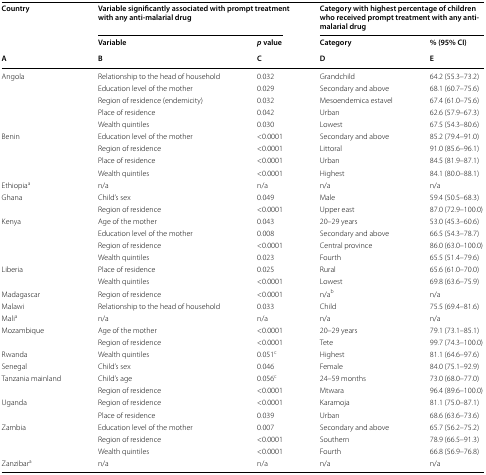
<table><thead><tr><td><b>Country</b></td><td colspan="2"><b>Variable significantly associated with prompt treatment with any anti-malarial drug</b></td><td colspan="2"><b>Category with highest percentage of children who received prompt treatment with any anti-malarial drug</b></td></tr><tr><td></td><td><b>Variable</b></td><td><b><i>p</i> value</b></td><td><b>Category</b></td><td><b>% (95% CI)</b></td></tr><tr><td><b>A</b></td><td><b>B</b></td><td><b>C</b></td><td><b>D</b></td><td><b>E</b></td></tr></thead><tbody><tr><td rowspan="5">Angola</td><td>Relationship to the head of household</td><td>0.032</td><td>Grandchild</td><td>64.2 (55.3–73.2)</td></tr><tr><td>Education level of the mother</td><td>0.029</td><td>Secondary and above</td><td>68.1 (60.7–75.6)</td></tr><tr><td>Region of residence (endemicity)</td><td>0.032</td><td>Mesoendemica estavel</td><td>67.4 (61.0–75.6)</td></tr><tr><td>Place of residence</td><td>0.042</td><td>Urban</td><td>62.6 (57.9–67.3)</td></tr><tr><td>Wealth quintiles</td><td>0.030</td><td>Lowest</td><td>67.5 (54.3–80.6)</td></tr><tr><td rowspan="4">Benin</td><td>Education level of the mother</td><td>&lt;0.0001</td><td>Secondary and above</td><td>85.2 (79.4–91.0)</td></tr><tr><td>Region of residence</td><td>&lt;0.0001</td><td>Littoral</td><td>91.0 (85.6–96.1)</td></tr><tr><td>Place of residence</td><td>&lt;0.0001</td><td>Urban</td><td>84.5 (81.9–87.1)</td></tr><tr><td>Wealth quintiles</td><td>&lt;0.0001</td><td>Highest</td><td>84.1 (80.0–88.1)</td></tr><tr><td>Ethiopia<sup>a</sup></td><td>n/a</td><td>n/a</td><td>n/a</td><td>n/a</td></tr><tr><td rowspan="2">Ghana</td><td>Child’s sex</td><td>0.049</td><td>Male</td><td>59.4 (50.5–68.3)</td></tr><tr><td>Region of residence</td><td>&lt;0.0001</td><td>Upper east</td><td>87.0 (72.9–100.0)</td></tr><tr><td rowspan="4">Kenya</td><td>Age of the mother</td><td>0.043</td><td>20–29 years</td><td>53.0 (45.3–60.6)</td></tr><tr><td>Education level of the mother</td><td>0.008</td><td>Secondary and above</td><td>66.5 (54.3–78.7)</td></tr><tr><td>Region of residence</td><td>&lt;0.0001</td><td>Central province</td><td>86.0 (63.0–100.0)</td></tr><tr><td>Wealth quintiles</td><td>0.023</td><td>Fourth</td><td>65.5 (51.4–79.6)</td></tr><tr><td rowspan="2">Liberia</td><td>Place of residence</td><td>0.025</td><td>Rural</td><td>65.6 (61.0–70.0)</td></tr><tr><td>Wealth quintiles</td><td>&lt;0.0001</td><td>Lowest</td><td>69.8 (63.6–75.9)</td></tr><tr><td>Madagascar</td><td>Region of residence</td><td>&lt;0.0001</td><td>n/a<sup>b</sup></td><td>n/a</td></tr><tr><td>Malawi</td><td>Relationship to the head of household</td><td>0.033</td><td>Child</td><td>75.5 (69.4–81.6)</td></tr><tr><td>Mali<sup>a</sup></td><td>n/a</td><td>n/a</td><td>n/a</td><td>n/a</td></tr><tr><td rowspan="2">Mozambique</td><td>Age of the mother</td><td>&lt;0.0001</td><td>20–29 years</td><td>79.1 (73.1–85.1)</td></tr><tr><td>Region of residence</td><td>&lt;0.0001</td><td>Tete</td><td>99.7 (74.3–100.0)</td></tr><tr><td>Rwanda</td><td>Wealth quintiles</td><td>0.051<sup>c</sup></td><td>Highest</td><td>81.1 (64.6–97.6)</td></tr><tr><td>Senegal</td><td>Child’s sex</td><td>0.046</td><td>Female</td><td>84.0 (75.1–92.9)</td></tr><tr><td rowspan="2">Tanzania mainland</td><td>Child’s age</td><td>0.056<sup>c</sup></td><td>24–59 months</td><td>73.0 (68.0–77.0)</td></tr><tr><td>Region of residence</td><td>&lt;0.0001</td><td>Mtwara</td><td>96.4 (89.6–100.0)</td></tr><tr><td rowspan="2">Uganda</td><td>Region of residence</td><td>&lt;0.0001</td><td>Karamoja</td><td>81.1 (75.0–87.1)</td></tr><tr><td>Place of residence</td><td>0.039</td><td>Urban</td><td>68.6 (63.6–73.6)</td></tr><tr><td rowspan="3">Zambia</td><td>Education level of the mother</td><td>0.007</td><td>Secondary and above</td><td>65.7 (56.2–75.2)</td></tr><tr><td>Region of residence</td><td>&lt;0.0001</td><td>Southern</td><td>78.9 (66.5–91.3)</td></tr><tr><td>Wealth quintiles</td><td>&lt;0.0001</td><td>Fourth</td><td>66.8 (56.9–76.8)</td></tr><tr><td>Zanzibar<sup>a</sup></td><td>n/a</td><td>n/a</td><td>n/a</td><td>n/a</td></tr></tbody></table>